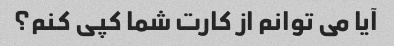
آیا می توانم از کارت شما کپی کنم؟